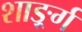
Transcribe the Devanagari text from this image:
शार्ङ्र्ग